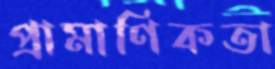
প্রামাণিকতা